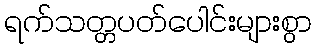
ရက်သတ္တပတ်ပေါင်းများစွာ